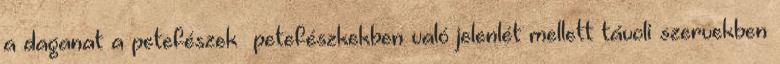
a daganat a petefészek petefészkekben való jelenlét mellett távoli szervekben